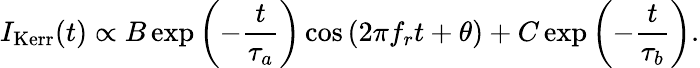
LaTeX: I_{\mathrm{Kerr}}(t)\propto B\exp{\left(-\frac{t}{\tau_{a}}\right)}\cos{(2\pi f_{r}t+\theta)}+C\exp{\left(-\frac{t}{\tau_{b}}\right)}.